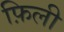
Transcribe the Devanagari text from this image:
फ़िली